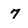
Character: 7